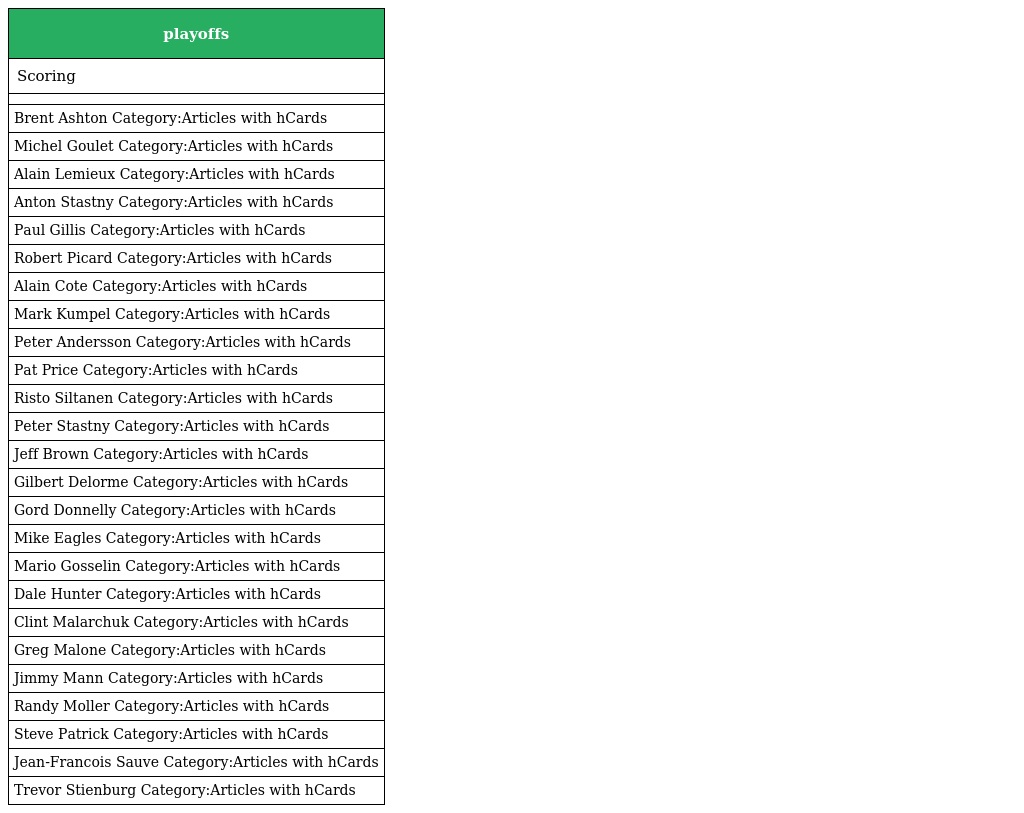
| playoffs |
 | --- |
 | Scoring |
 |  |
 | Brent Ashton Category:Articles with hCards |
 | Michel Goulet Category:Articles with hCards |
 | Alain Lemieux Category:Articles with hCards |
 | Anton Stastny Category:Articles with hCards |
 | Paul Gillis Category:Articles with hCards |
 | Robert Picard Category:Articles with hCards |
 | Alain Cote Category:Articles with hCards |
 | Mark Kumpel Category:Articles with hCards |
 | Peter Andersson Category:Articles with hCards |
 | Pat Price Category:Articles with hCards |
 | Risto Siltanen Category:Articles with hCards |
 | Peter Stastny Category:Articles with hCards |
 | Jeff Brown Category:Articles with hCards |
 | Gilbert Delorme Category:Articles with hCards |
 | Gord Donnelly Category:Articles with hCards |
 | Mike Eagles Category:Articles with hCards |
 | Mario Gosselin Category:Articles with hCards |
 | Dale Hunter Category:Articles with hCards |
 | Clint Malarchuk Category:Articles with hCards |
 | Greg Malone Category:Articles with hCards |
 | Jimmy Mann Category:Articles with hCards |
 | Randy Moller Category:Articles with hCards |
 | Steve Patrick Category:Articles with hCards |
 | Jean-Francois Sauve Category:Articles with hCards |
 | Trevor Stienburg Category:Articles with hCards |